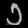
Digit: ၁